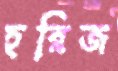
হরিজ